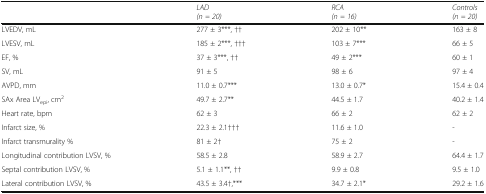
<table><thead><tr><td></td><td><b><i>LAD</i><i>(n = 20)</i></b></td><td><b><i>RCA</i><i>(n = 16)</i></b></td><td><b><i>Controls</i><i>(n = 20)</i></b></td></tr></thead><tbody><tr><td>LVEDV, mL</td><td>277 ± 3***, ††</td><td>202 ± 10**</td><td>163 ± 8</td></tr><tr><td>LVESV, mL</td><td>185 ± 2***, †††</td><td>103 ± 7***</td><td>66 ± 5</td></tr><tr><td>EF, %</td><td>37 ± 3***, ††</td><td>49 ± 2***</td><td>60 ± 1</td></tr><tr><td>SV, mL</td><td>91 ± 5</td><td>98 ± 6</td><td>97 ± 4</td></tr><tr><td>AVPD, mm</td><td>11.0 ± 0.7***</td><td>13.0 ± 0.7*</td><td>15.4 ± 0.4</td></tr><tr><td>SAx Area LV<sub>epi</sub>, cm<sup>2</sup></td><td>49.7 ± 2.7**</td><td>44.5 ± 1.7</td><td>40.2 ± 1.4</td></tr><tr><td>Heart rate, bpm</td><td>62 ± 3</td><td>66 ± 2</td><td>62 ± 2</td></tr><tr><td>Infarct size, %</td><td>22.3 ± 2.1†††</td><td>11.6 ± 1.0</td><td>-</td></tr><tr><td>Infarct transmurality %</td><td>81 ± 2†</td><td>75 ± 2</td><td>-</td></tr><tr><td>Longitudinal contribution LVSV, %</td><td>58.5 ± 2.8</td><td>58.9 ± 2.7</td><td>64.4 ± 1.7</td></tr><tr><td>Septal contribution LVSV, %</td><td>5.1 ± 1.1**, ††</td><td>9.9 ± 0.8</td><td>9.5 ± 1.0</td></tr><tr><td>Lateral contribution LVSV, %</td><td>43.5 ± 3.4†,***</td><td>34.7 ± 2.1*</td><td>29.2 ± 1.6</td></tr></tbody></table>